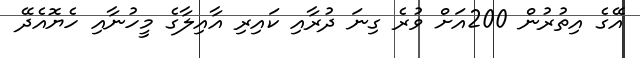
އޭގެ އިތުރުން 200އަށް ވުރެ ގިނަ ދުރާއި ކައިރި އާއިލާގެ މީހުނާއި ހެޔޮއެދޭ